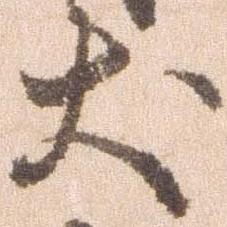
犬